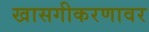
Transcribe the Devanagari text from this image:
खासगीकरणावर